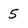
Character: 5